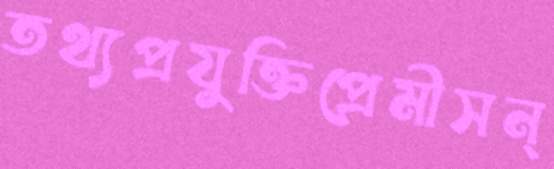
তথ্যপ্রযুক্তিপ্রেমীসন্